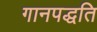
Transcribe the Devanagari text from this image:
गानपद्धति